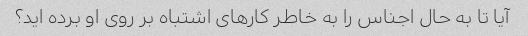
آیا تا به حال اجناس را به خاطر کارهای اشتباه بر روی او برده اید؟